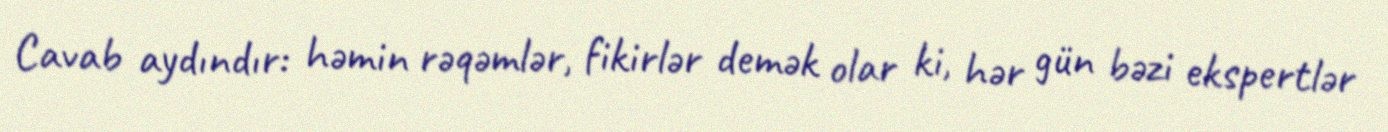
Cavab aydındır: həmin rəqəmlər, fikirlər demək olar ki, hər gün bəzi ekspertlər